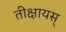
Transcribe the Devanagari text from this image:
तीक्षायस्